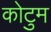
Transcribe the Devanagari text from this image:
कोटुम